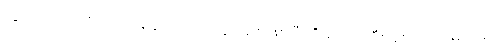
လွတ်လပ်ရေးရတဲ့အချိန်မှာ ပြည်တွင်းစစ်ဖြစ်ပြီး ဒီမိုကရေစီစနစ်က နာမည်ခံပဲ